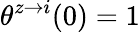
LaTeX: \theta^{z\rightarrow i}(0)=1